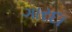
ગારદા